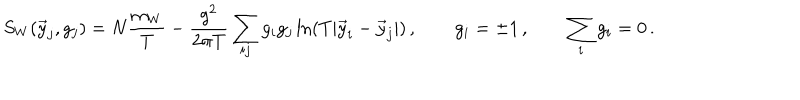
S _ { W } ( \vec { y } _ { j } , g _ { j } ) = N \frac { m _ { W } } T - \frac { g ^ { 2 } } { 2 \pi T } \sum _ { i j } g _ { i } g _ { j } \ln ( T | \vec { y } _ { i } - \vec { y } _ { j } | ) \, , \qquad g _ { i } = \pm 1 \, , \qquad \sum _ { i } g _ { i } = 0 \, .